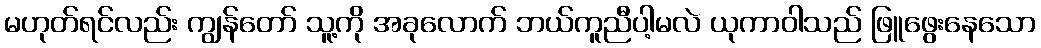
မဟုတ်ရင်လည်း ကျွန်တော် သူ့ကို အခုလောက် ဘယ်ကူညီပါ့မလဲ ယုကာဝါသည် ဖြူဖွေးနေသော